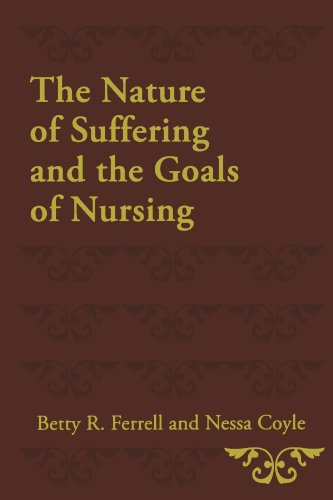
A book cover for The Nature of Suffering and the Goals of Nursing; Betty R. Ferrell; Self-Help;